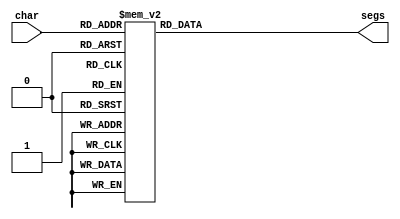
/*
   This file was generated automatically by Alchitry Labs version 1.2.7.
   Do not edit this file directly. Instead edit the original Lucid source.
   This is a temporary file and any changes made to it will be destroyed.
*/

module seven_seg_16 (
    input [3:0] char,
    output reg [6:0] segs
  );
  
  
  
  always @* begin
    
    case (char)
      1'h0: begin
        segs = 7'h3f;
      end
      1'h1: begin
        segs = 7'h06;
      end
      2'h2: begin
        segs = 7'h5b;
      end
      2'h3: begin
        segs = 7'h4f;
      end
      3'h4: begin
        segs = 7'h66;
      end
      3'h5: begin
        segs = 7'h6d;
      end
      3'h6: begin
        segs = 7'h7d;
      end
      3'h7: begin
        segs = 7'h07;
      end
      4'h8: begin
        segs = 7'h7f;
      end
      4'h9: begin
        segs = 7'h67;
      end
      default: begin
        segs = 7'h00;
      end
    endcase
  end
endmodule